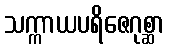
သက္ကာယပရိဇေဂုစ္ဆာ